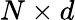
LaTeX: N\times d